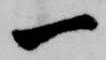
一